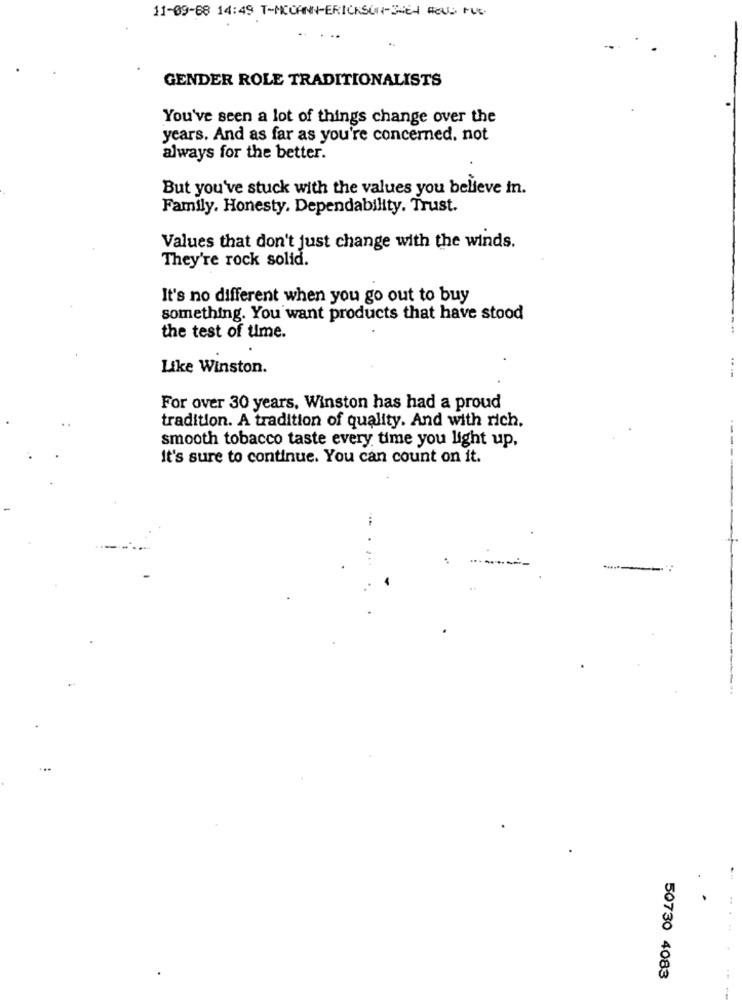
11-09-68 14:49 T-MCCANN ERICKSON-3464 Hous rue
..
..
GENDER ROLE TRADITIONALISTS
You've seen a lot of things change over the
years. And as far as you're concerned. not
always for the better.
But you've stuck with the values you believe in.
Family. Honesty. Dependability. Trust.
Values that don't just change with the winds.
They're rock solid.
It's no different when you go out to buy
something. You want products that have stood
the test of time.
Like Winston.
For over 30 years. Winston has had a proud
tradition. A tradition of quality. And with rich.
smooth tobacco taste every time you light up,
it's sure to continue. You can count on it.
50730 4083